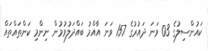
ކައުންސިލުގެ 03 ވަނަ ދައުރުގެ 157 ވަނަ އާއްމު ބައްދަލުވުމުން ނިންމި ކަންތައްތައް